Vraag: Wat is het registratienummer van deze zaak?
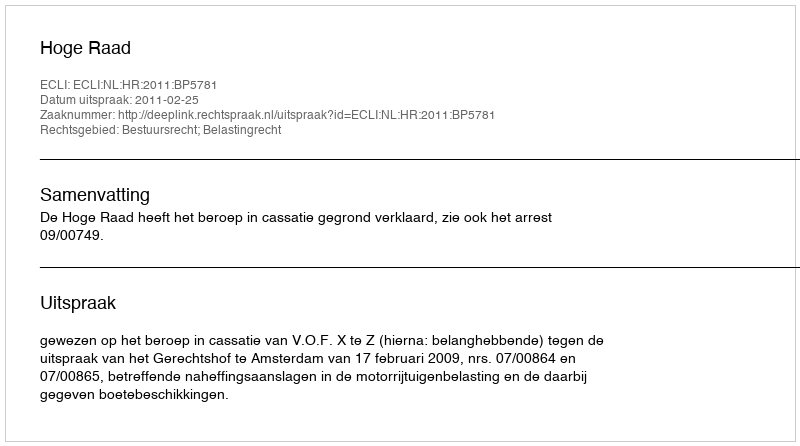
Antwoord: http://deeplink.rechtspraak.nl/uitspraak?id=ECLI:NL:HR:2011:BP5781